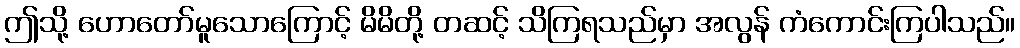
ဤသို့ ဟောတော်မူသောကြောင့် မိမိတို့ တဆင့် သိကြရသည်မှာ အလွန် ကံကောင်းကြပါသည်။